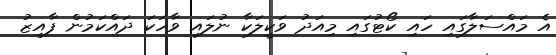
އެ މައްސަލާގައި ހައި ކޯޓުގައި މިއަދު ވަކީލަކާ ނުލައި ވާހަކަ ދައްކަމުން ފާއިޒު